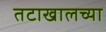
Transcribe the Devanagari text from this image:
तटाखालच्या